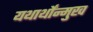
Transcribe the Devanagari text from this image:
यथार्थोंन्मुख